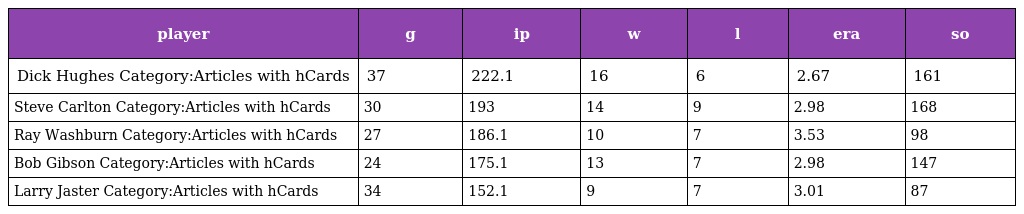
| player | g | ip | w | l | era | so |
 | --- | --- | --- | --- | --- | --- | --- |
 | Dick Hughes Category:Articles with hCards | 37 | 222.1 | 16 | 6 | 2.67 | 161 |
 | Steve Carlton Category:Articles with hCards | 30 | 193 | 14 | 9 | 2.98 | 168 |
 | Ray Washburn Category:Articles with hCards | 27 | 186.1 | 10 | 7 | 3.53 | 98 |
 | Bob Gibson Category:Articles with hCards | 24 | 175.1 | 13 | 7 | 2.98 | 147 |
 | Larry Jaster Category:Articles with hCards | 34 | 152.1 | 9 | 7 | 3.01 | 87 |